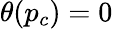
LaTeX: \theta(p_{c})=0